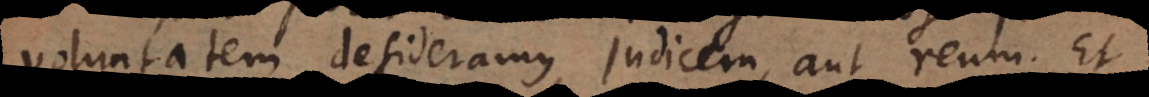
voluntatem desideramus, judicem, aut reum. Et